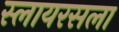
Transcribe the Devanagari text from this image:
स्लायरसला